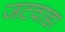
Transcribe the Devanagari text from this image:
जटवाडा